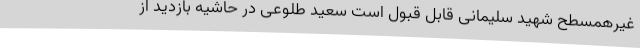
غیرهمسطح شهید سلیمانی قابل قبول است سعید طلوعی در حاشیه بازدید از